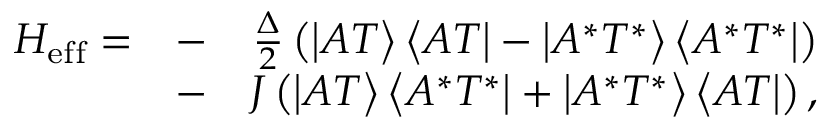
\begin{array} { r l r } { H _ { \mathrm { e f f } } = } & { - } & { \frac { \Delta } { 2 } \left( \left| A T \right\rangle \left\langle A T \right| - \left| A ^ { * } T ^ { * } \right\rangle \left\langle A ^ { * } T ^ { * } \right| \right) } \\ & { - } & { J \left( \left| A T \right\rangle \left\langle A ^ { * } T ^ { * } \right| + \left| A ^ { * } T ^ { * } \right\rangle \left\langle A T \right| \right) , } \end{array}